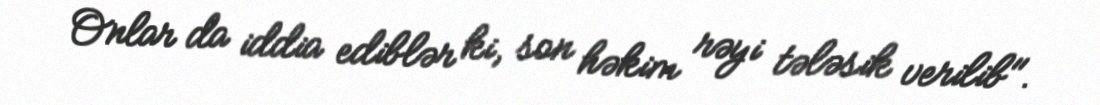
Onlar da iddia ediblər ki, son həkim rəyi tələsik verilib".